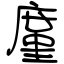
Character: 廑